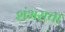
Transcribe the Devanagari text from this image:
शंभराचा